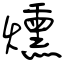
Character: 燻